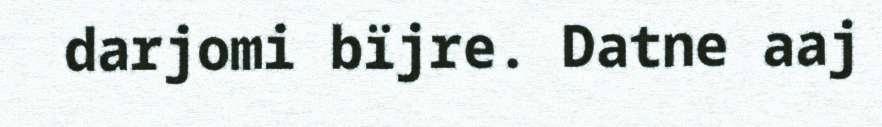
darjomi bïjre. Datne aaj